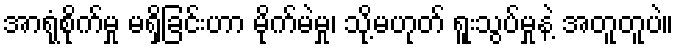
အာရုံစိုက်မှု မရှိခြင်းဟာ မိုက်မဲမှု၊ သို့မဟုတ် ရူးသွပ်မှုနဲ့ အတူတူပဲ။